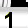
Digit: 1